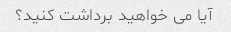
آیا می خواهید برداشت کنید؟